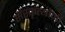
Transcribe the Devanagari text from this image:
संस्कृत्यांनी